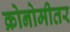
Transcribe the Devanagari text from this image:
क्रोनोमीतर